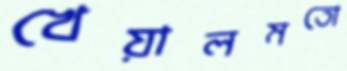
খেয়ালমতো